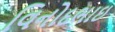
વિનોદભાઇ